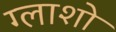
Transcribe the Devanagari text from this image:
ग्लाशो